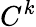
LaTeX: C^{k}